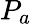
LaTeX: P_{a}